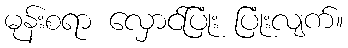
မုန်းစရာ လှောင်ပြုံး ပြုံးလျက်။